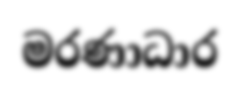
මරණාධාර